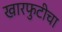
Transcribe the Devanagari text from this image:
खारफुटीचा